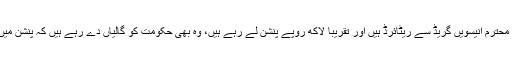
مثلاً میرے ایک محترم انیسویں گریڈ سے ریٹائرڈ ہیں اور تقریباً لاکھ روپے پنشن لے رہے ہیں، وہ بھی حکومت کو گالیاں دے رہے ہیں کہ پنشن میں اضافہ نہیں ہوا۔